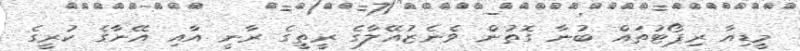
މީޑިއާ ރިޕޯޓުތައް ބުނާ ގޮތުން ވެނެޒުއޭލާގެ ރީތީގެ ރާނީ އާއި އޭނާގެ ކުރީގެ